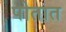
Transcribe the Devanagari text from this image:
पोतात